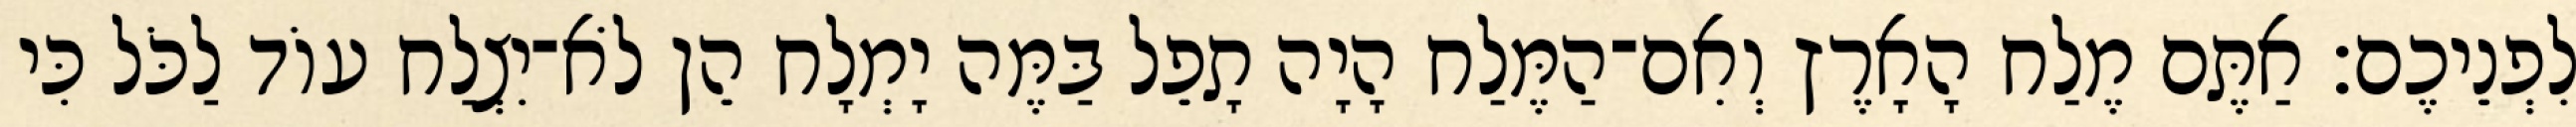
לִפְנֵיכֶם׃ אַתֶּם מֶלַח הָאָרֶץ וְאִם־הַמֶּלַח הָיָה תָפֵל בַּמֶּה יָמְלָח הֵן לֹא־יִצְלַח עוֹד לַכֹּל כִּי